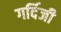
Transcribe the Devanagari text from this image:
गर्दिजी